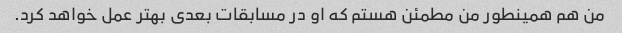
من هم همینطور من مطمئن هستم که او در مسابقات بعدی بهتر عمل خواهد کرد.